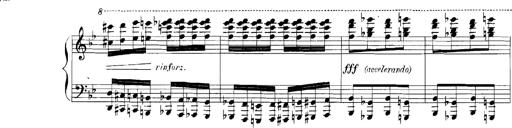
Title: Rhapsodies hongroises
Composer: Franz Liszt